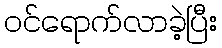
ဝင်ရောက်လာခဲ့ပြီး